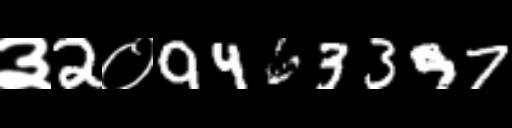
Text: ३2०9463397